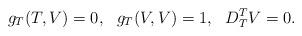
LaTeX: \begin{align*}g_T(T, V)=0,\ \ g_T(V,V)=1,\ \ D^T_TV=0.\end{align*}